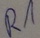
Text: R1